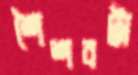
শৈশবটা